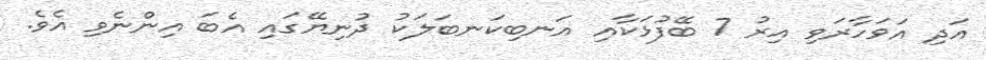
އަދި އަވަހާރަވި އިރު 7 ބޭފުޅަކާއި އަނބިކަނބަލަކު ދުނިޔޭގައި އެބަ އިންނެވި އެވެ.